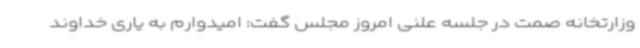
وزارتخانه صمت در جلسه علنی امروز مجلس گفت: امیدوارم به یاری خداوند